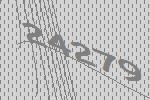
24279